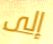
إلى